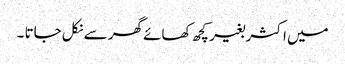
میں اکثر بغیر کچھ کھائے گھر سے نکل جاتا ۔